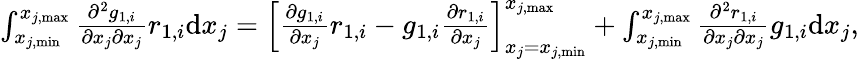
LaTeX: \begin{array}{r}{\int_{x_{j,\mathrm{min}}}^{x_{j,\mathrm{max}}}{\frac{\partial^{2}g_{1,i}}{\partial x_{j}\partial x_{j}}r_{1,i}}\mathrm{d}x_{j}=\left[\frac{\partial g_{1,i}}{\partial x_{j}}r_{1,i}-g_{1,i}\frac{\partial r_{1,i}}{\partial x_{j}}\right]_{x_{j}=x_{j,\mathrm{min}}}^{x_{j,\mathrm{max}}}+\int_{x_{j,\mathrm{min}}}^{x_{j,\mathrm{max}}}{\frac{\partial^{2}r_{1,i}}{\partial x_{j}\partial x_{j}}g_{1,i}}\mathrm{d}x_{j},}\end{array}